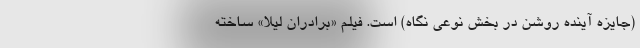
(جایزه آینده روشن در بخش نوعی نگاه) است. فیلم «برادران لیلا» ساخته